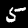
Digit: 5